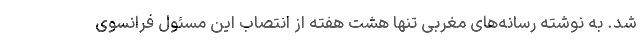
شد. به نوشته رسانه‌های مغربی تنها هشت هفته از انتصاب این مسئول فرانسوی